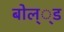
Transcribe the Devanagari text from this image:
बोल््ड